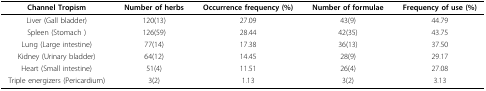
| Channel Tropism | Number of herbs | Occurrence frequency (%) | Number of formulae | Frequency of use (%) |
 | --- | --- | --- | --- | --- |
 | Liver (Gall bladder) | 120(13) | 27.09 | 43(9) | 44.79 |
 | Spleen (Stomach ) | 126(59) | 28.44 | 42(35) | 43.75 |
 | Lung (Large intestine) | 77(14) | 17.38 | 36(13) | 37.50 |
 | Kidney (Urinary bladder) | 64(12) | 14.45 | 28(9) | 29.17 |
 | Heart (Small intestine) | 51(4) | 11.51 | 26(4) | 27.08 |
 | Triple energizers (Pericardium) | 3(2) | 1.13 | 3(2) | 3.13 |